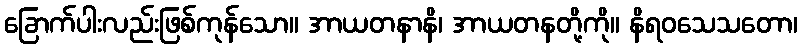
ခြောက်ပါးလည်းဖြစ်ကုန်သော။ အာယတနာနိ၊ အာယတနတို့ကို။ နိရဝသေသတော၊